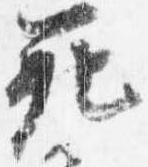
範